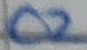
Text: C2